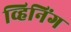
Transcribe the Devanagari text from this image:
व्हिनिंग